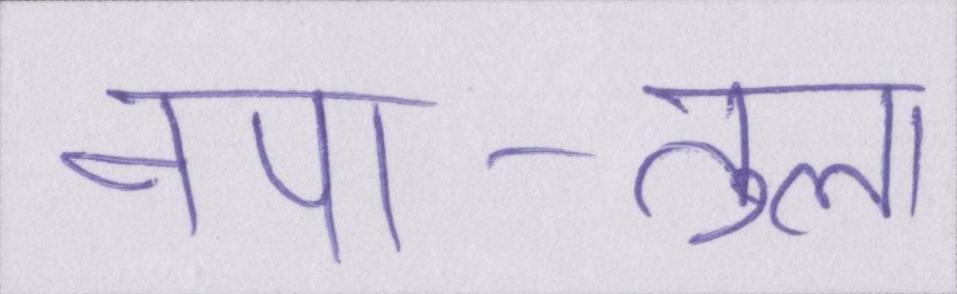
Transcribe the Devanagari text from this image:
नपा-तुला